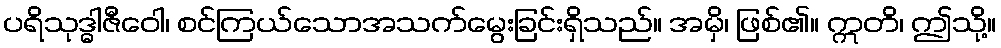
ပရိသုဒ္ဓါဇီဝေါ၊ စင်ကြယ်သောအသက်မွေးခြင်းရှိသည်။ အမှိ၊ ဖြစ်၏။ ဣတိ၊ ဤသို့။